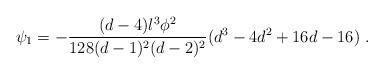
LaTeX: \begin{align*}\psi_1 = - \frac{(d-4)l^3\phi^2}{128(d-1)^2(d-2)^2}(d^3-4d^2+16d-16)~.\end{align*}